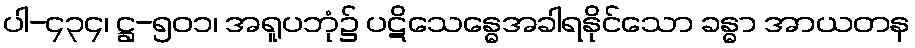
ပါ-၄၃၄၊ ဋ္ဌ-၅၀၁၊ အရူပဘုံ၌ ပဋိသေန္ဓေအခါရနိုင်သော ခန္ဓာ အာယတန